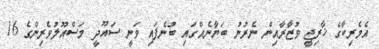
އެމެރިކާގެ ޚާރިޖީ ވުޒާރާއިން ނެރުނު ބަޔާނެއްގައި ބުނެފައި ވަނީ ސައޫދީ މަސްއޫލުވެރިންގެ 16